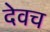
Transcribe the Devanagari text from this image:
देवच